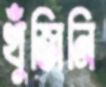
খুঁজিনি